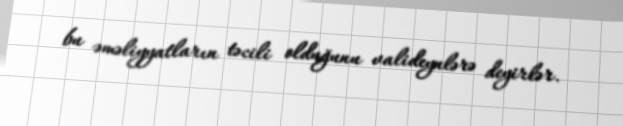
bu əməliyyatların təcili olduğunu valideynlərə deyirlər.